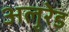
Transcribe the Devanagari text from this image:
अलुरेड